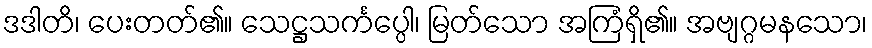
ဒဒါတိ၊ ပေးတတ်၏။ သေဋ္ဌသင်္ကပ္ပေါ၊ မြတ်သော အကြံရှိ၏။ အဗျဂ္ဂမနသော၊